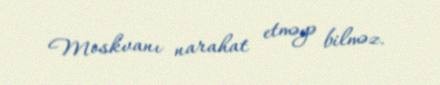
Moskvanı narahat etməyə bilməz.